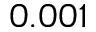
0 . 0 0 1